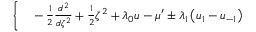
\begin{array} { r l } { \bigg \{ } & { { } - \frac { 1 } { 2 } \frac { d ^ { 2 } } { d \zeta ^ { 2 } } + \frac { 1 } { 2 } \zeta ^ { 2 } + \lambda _ { 0 } u - \mu ^ { \prime } \pm \lambda _ { 1 } \left( u _ { 1 } - u _ { - 1 } \right) } \end{array}